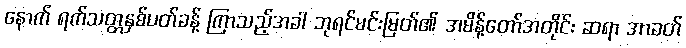
နောက် ရက်သတ္တနှစ်ပတ်ခန့် ကြာသည့်အခါ ဘုရင်မင်းမြတ်၏ အမိန့်တော်အတိုင်း ဆရာ အာခတ်